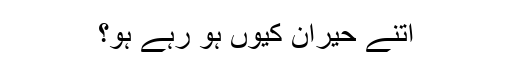
اتنے حیران کیوں ہو رہے ہو؟